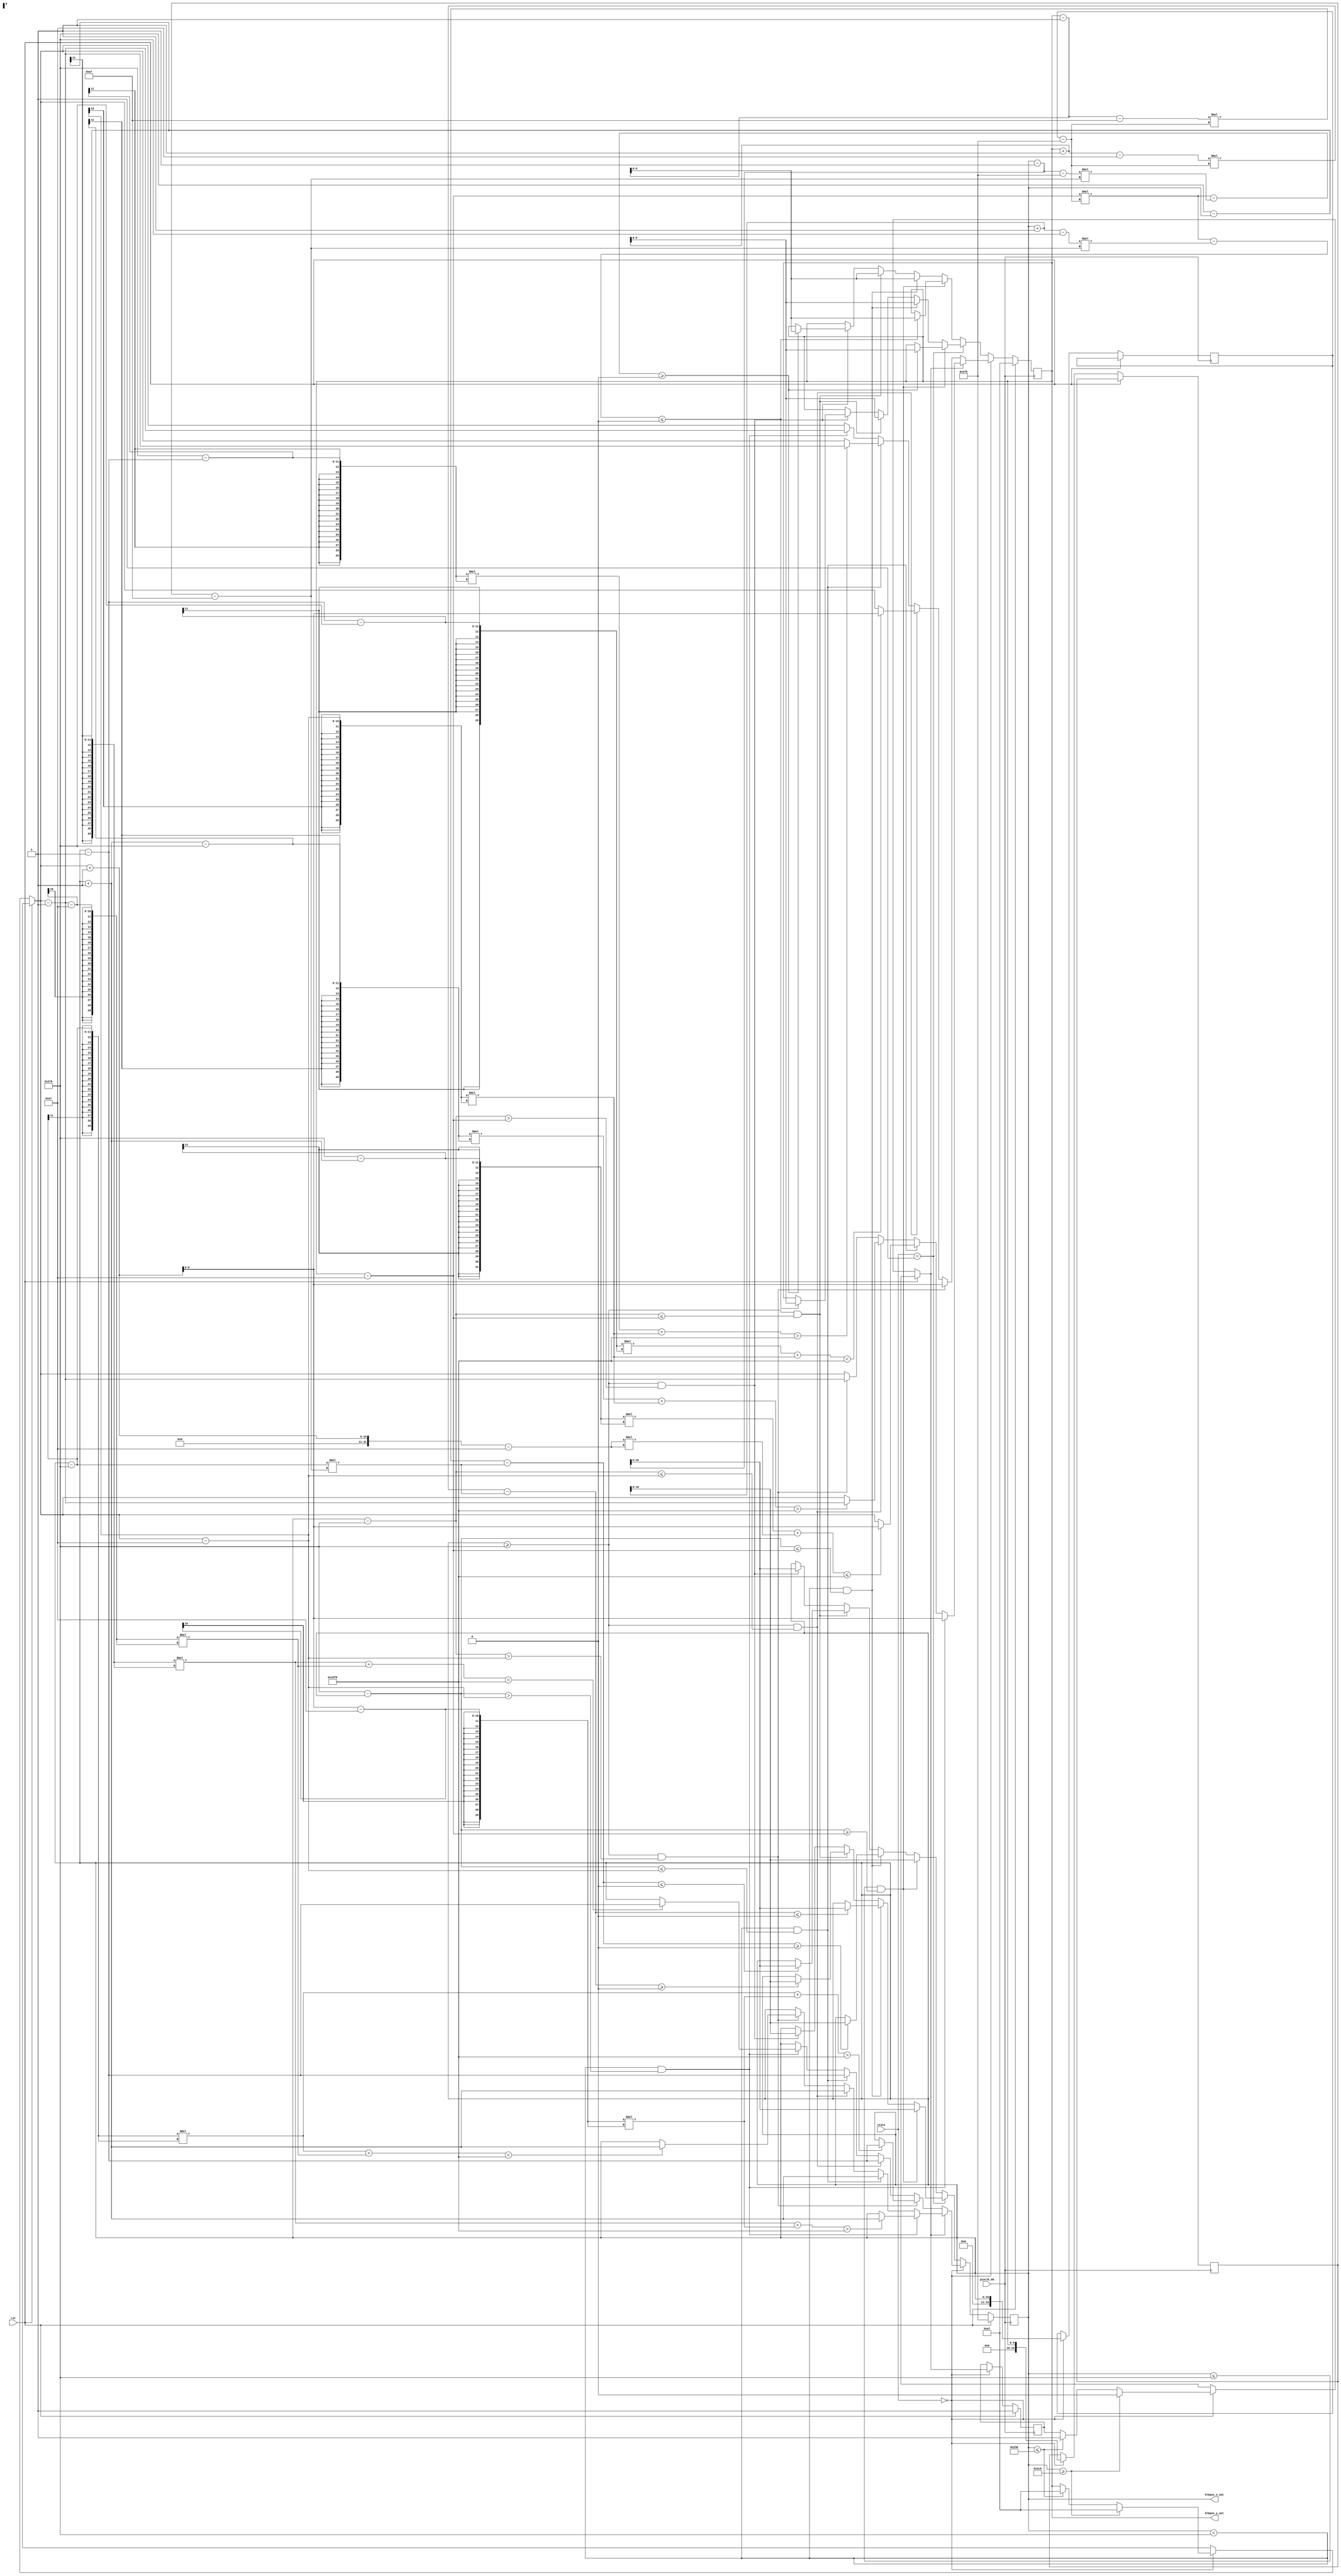
module hook_moving(
    input rst,
    input [1:0] state,
    input pixclk_60,
    output [10:0] blkpos_x_out,
    output [9:0] blkpos_y_out
    );
    
    assign blkpos_x_out = blkpos_x;
    assign blkpos_y_out = blkpos_y; 
     
    // Move between x->[10,1269] and y -> [10.789]
    // Circle Center is 625, 11
    // Radius is 75, so x moves [550,700]
    parameter center_x = 11'd635, center_y = 10'd167;
    parameter x_left = 11'd560, x_right = 10'd710;
    parameter waving = 2'b00, stretching = 2'b01, hitting = 2'b10, missing = 2'b11;
    parameter y_bottom = 10'd242;
    reg [10:0] blkpos_x = center_x;
    reg [9:0] blkpos_y = center_y;
    reg x_move_right = 1'b1;
    reg signed [29:0] distance = 30'b0;
    reg [10:0]radius = 75;
    
    parameter x_1 = 15'd635, y_1 = 15'd167; //position of miner, 15 bits to prevent overflow of ((y_0-y_1)*(x_2-x_1)) == ((x_0 - x_1)*(y_2-y_1))
    reg [15:0] x_2, y_2,x_0, y_0; //Position for blok
   
    always @(posedge pixclk_60)
    begin
    if (rst) begin
    blkpos_x <= center_x;
    blkpos_y <= center_y;
    x_move_right <= 1'b1;
    end
    else
    begin
    //Waving State
    if(state == waving)
    begin
        x_2 <= $signed({1'b0,blkpos_x});
        y_2 <= $signed({1'b0,blkpos_y}); // Save current block position as signed
        // U-turn after reaching border
        if (blkpos_x <= x_left)
        begin
            x_move_right = 1'b1;
            blkpos_y = center_y;
        end
        if (blkpos_x >= x_right)
        begin
            x_move_right = 1'b0;
            blkpos_y = center_y;
        end

        // Moving right
        if (x_move_right == 1'b1)
        begin
            //Sector 1
            if (blkpos_x < center_x && ((center_x - blkpos_x) > (blkpos_y - center_y)) )
            begin
                blkpos_y = blkpos_y + 1;
                distance = (center_x-blkpos_x)*(center_x-blkpos_x) + (blkpos_y - center_y)*(blkpos_y-center_y);
                if (distance > radius * radius)
                    blkpos_x = blkpos_x + 1;
            end
            //Sector 2
            else if (blkpos_x < center_x && ((center_x - blkpos_x) <= (blkpos_y - center_y)) )
            begin
                blkpos_x = blkpos_x + 1;
                distance = (center_x-blkpos_x)*(center_x-blkpos_x) + (blkpos_y + 1 - center_y) * (blkpos_y + 1 - center_y);
                if (distance <= radius * radius)
                    blkpos_y = blkpos_y + 1;
            end
            //Sector 3
            else if (blkpos_x >= center_x && ((blkpos_x - center_x ) <= (blkpos_y - center_y)) )
            begin
                blkpos_x = blkpos_x + 1;
                distance = (blkpos_x - center_x)*(blkpos_x-center_x) + (blkpos_y - center_y)*(blkpos_y-center_y);
                if (distance > radius * radius)
                    blkpos_y = blkpos_y - 1;
            end
            //Sector 4
            else if (blkpos_x >= center_x && ((blkpos_x - center_x ) > (blkpos_y - center_y)) )
            begin
                blkpos_y = blkpos_y - 1;
                distance = (blkpos_x - center_x)*(blkpos_x - center_x) + (blkpos_y - center_y)*(blkpos_y-center_y);
                if (distance < radius * radius)
                    blkpos_x = blkpos_x + 1;
            end
        end
        
        else if (x_move_right == 1'b0)
        begin
            //Sector 5
            if (blkpos_x >= center_x && ((blkpos_x - center_x ) > (blkpos_y - center_y)) )
            begin
                blkpos_y = blkpos_y + 1;
                distance = (blkpos_x - center_x)*(blkpos_x - center_x) + (blkpos_y - center_y)*(blkpos_y-center_y);
                if (distance > radius * radius)
                    blkpos_x = blkpos_x - 1;
            end
             //Sector 6
            else if (blkpos_x >= center_x && ((blkpos_x - center_x ) <= (blkpos_y - center_y)) )
            begin
                blkpos_x = blkpos_x - 1;
                distance = (blkpos_x - center_x)*(blkpos_x-center_x) + (blkpos_y - center_y)*(blkpos_y-center_y);
                if (distance < radius * radius)
                    blkpos_y = blkpos_y + 1;
            end
            //Sector 7
            else if (blkpos_x < center_x && ((center_x - blkpos_x) <= (blkpos_y - center_y)) )
            begin
                blkpos_x = blkpos_x - 1;
                distance = (center_x-blkpos_x)*(center_x-blkpos_x) + (blkpos_y - center_y) * (blkpos_y - center_y);
                if (distance > radius * radius)
                    blkpos_y = blkpos_y - 1;
            end
            //Sector 8          
            else if (blkpos_x < center_x && ((center_x - blkpos_x) > (blkpos_y - center_y)) )
            begin
                blkpos_y = blkpos_y - 1;
                distance = (center_x-blkpos_x)*(center_x-blkpos_x) + (blkpos_y - center_y)*(blkpos_y-center_y);
                if (distance < radius * radius)
                    blkpos_x = blkpos_x - 1;
            end
        end 
    end // End state case
    
    //Stretching State
    else if(state == stretching)
    begin
            x_0 = {4'b0000,blkpos_x};
            y_0 = {5'b00000,blkpos_y}; // Save current block position as signed
            //Sector 1
            if (blkpos_x <= center_x && ((center_x - blkpos_x) >= (blkpos_y - center_y)) )
            begin
                x_0  = x_0 - 1;
                if ( ($signed(y_0) -$signed(y_1))*($signed(x_2)-$signed(x_1)) - ($signed(x_0) - $signed(x_1))*($signed(y_2)-$signed(y_1))  >= 0  )
                begin
                    y_0 = y_0 + 1;
                end
            end
            //Sector 2
            else if (blkpos_x < center_x && ((center_x - blkpos_x) <= (blkpos_y - center_y)) )
            begin
                y_0 = y_0 + 1;
                if ( ($signed(y_0) -$signed(y_1))*($signed(x_2)-$signed(x_1)) - ($signed(x_0) - $signed(x_1))*($signed(y_2)-$signed(y_1))  <= 0  )
                begin
                    x_0 = x_0 - 1;
                end
            end
            //Sector 3
            else if (blkpos_x >= center_x && ((blkpos_x - center_x ) <= (blkpos_y - center_y)) )
            begin
                y_0 = y_0 + 1;
                if ( ($signed(y_0) -$signed(y_1))*($signed(x_2)-$signed(x_1)) - ($signed(x_0) - $signed(x_1))*($signed(y_2)-$signed(y_1))  >= 0  )
                begin
                    x_0 = x_0 + 1;
                end
            end
            //Sector 4
            else if (blkpos_x >= center_x && ((blkpos_x - center_x ) > (blkpos_y - center_y)) )
            begin
            begin
                x_0  = x_0 + 1;
                if ( ($signed(y_0) -$signed(y_1))*($signed(x_2)-$signed(x_1)) - ($signed(x_0) - $signed(x_1))*($signed(y_2)-$signed(y_1))  <= 0  )
                begin
                    y_0 = y_0 + 1;
                end
            end
            end
            blkpos_x =x_0;
            blkpos_y =y_0;  
    end
    
    // hitting State
    else if(state == hitting)
    begin
            x_0 = {4'b0000,blkpos_x};
            y_0 = {5'b00000,blkpos_y}; // Save current block position as signed
            //Sector 1
            if (blkpos_x <= center_x && ((center_x - blkpos_x) >= (blkpos_y - center_y)) )
            begin
                x_0  = x_0 + 1;
                if ( ($signed(y_0) -$signed(y_1))*($signed(x_2)-$signed(x_1)) - ($signed(x_0) - $signed(x_1))*($signed(y_2)-$signed(y_1))  <= 0  )
                begin
                    y_0 = y_0 - 1;
                end
            end
            //Sector 2
            else if (blkpos_x < center_x && ((center_x - blkpos_x) <= (blkpos_y - center_y)) )
            begin
                y_0 = y_0 - 1;
                if ( ($signed(y_0) -$signed(y_1))*($signed(x_2)-$signed(x_1)) - ($signed(x_0) - $signed(x_1))*($signed(y_2)-$signed(y_1))  >= 0  )
                begin
                    x_0 = x_0 + 1;
                end
            end
            //Sector 3
            else if (blkpos_x >= center_x && ((blkpos_x - center_x ) <= (blkpos_y - center_y)) )
            begin
                y_0 = y_0 - 1;
                if ( ($signed(y_0) -$signed(y_1))*($signed(x_2)-$signed(x_1)) - ($signed(x_0) - $signed(x_1))*($signed(y_2)-$signed(y_1))  <= 0  )
                begin
                    x_0 = x_0 - 1;
                end
            end
            //Sector 4
            else if (blkpos_x >= center_x && ((blkpos_x - center_x ) > (blkpos_y - center_y)) )
            begin
            begin
                x_0  = x_0 - 1;
                if ( ($signed(y_0) -$signed(y_1))*($signed(x_2)-$signed(x_1)) - ($signed(x_0) - $signed(x_1))*($signed(y_2)-$signed(y_1))  >= 0  )
                begin
                    y_0 = y_0 - 1;
                end
            end
            end
            blkpos_x =x_0;
            blkpos_y =y_0; 
    end
    
    // empty State
    else
    begin
            x_0 = {4'b0000,blkpos_x};
            y_0 = {5'b00000,blkpos_y}; // Save current block position as signed
            //Sector 1
            if (blkpos_x <= center_x && ((center_x - blkpos_x) >= (blkpos_y - center_y)) )
            begin
                x_0  = x_0 + 1;
                if ( ($signed(y_0) -$signed(y_1))*($signed(x_2)-$signed(x_1)) - ($signed(x_0) - $signed(x_1))*($signed(y_2)-$signed(y_1))  <= 0  )
                begin
                    y_0 = y_0 - 1;
                end
            end
            //Sector 2
            else if (blkpos_x < center_x && ((center_x - blkpos_x) <= (blkpos_y - center_y)) )
            begin
                y_0 = y_0 - 1;
                if ( ($signed(y_0) -$signed(y_1))*($signed(x_2)-$signed(x_1)) - ($signed(x_0) - $signed(x_1))*($signed(y_2)-$signed(y_1))  >= 0  )
                begin
                    x_0 = x_0 + 1;
                end
            end
            //Sector 3
            else if (blkpos_x >= center_x && ((blkpos_x - center_x ) <= (blkpos_y - center_y)) )
            begin
                y_0 = y_0 - 1;
                if ( ($signed(y_0) -$signed(y_1))*($signed(x_2)-$signed(x_1)) - ($signed(x_0) - $signed(x_1))*($signed(y_2)-$signed(y_1))  <= 0  )
                begin
                    x_0 = x_0 - 1;
                end
            end
            //Sector 4
            else if (blkpos_x >= center_x && ((blkpos_x - center_x ) > (blkpos_y - center_y)) )
            begin
            begin
                x_0  = x_0 - 1;
                if ( ($signed(y_0) -$signed(y_1))*($signed(x_2)-$signed(x_1)) - ($signed(x_0) - $signed(x_1))*($signed(y_2)-$signed(y_1))  >= 0  )
                begin
                    y_0 = y_0 - 1;
                end
            end
            end
            blkpos_x =x_0;
            blkpos_y =y_0; 
    end
    end
    end
    
endmodule